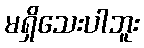
မရှိသေးပါဘူး